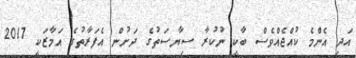
އަދި އެންމެ ކުއްޖެއްވެސް ބާކީ ނުކުރާ ސިޔާސަތުގެ ދަށުން އެފަރާތުގެ އަމާޒަކީ 2017